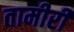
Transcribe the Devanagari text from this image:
तामीरी